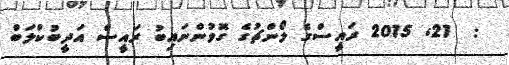
:  21